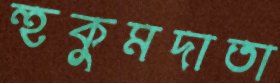
হুকুমদাতা